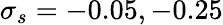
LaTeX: \sigma_{s}=-0.05,-0.25